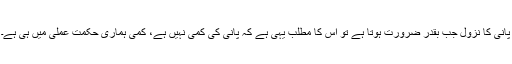
پانی کا نزول جب بقدر ضرورت ہوتا ہے تو اس کا مطلب یہی ہے کہ پانی کی کمی نہیں ہے، کمی ہماری حکمت عملی میں ہی ہے۔